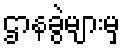
ဌာနခွဲများမှ